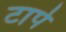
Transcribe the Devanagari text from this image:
टापे